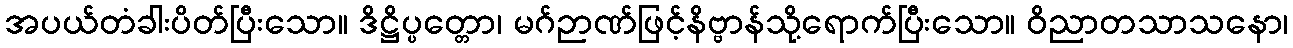
အပယ်တံခါးပိတ်ပြီးသော။ ဒိဋ္ဌိပ္ပတ္တော၊ မဂ်ဉာဏ်ဖြင့်နိဗ္ဗာန်သို့ရောက်ပြီးသော။ ဝိညာတသာသနော၊